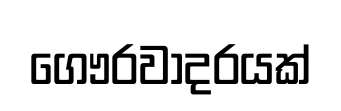
ගෞරවාදරයක්